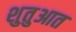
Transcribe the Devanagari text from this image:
शुतुआत